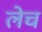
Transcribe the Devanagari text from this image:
लेच